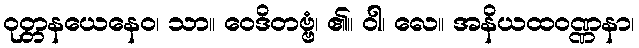
ဝုတ္တနယေနေဝ၊ သာ။ ဝေဒိတဗ္ဗံ၊ ၏။ ဝါ၊ လေ။ အနိယထဝဏ္ဏနာ၊